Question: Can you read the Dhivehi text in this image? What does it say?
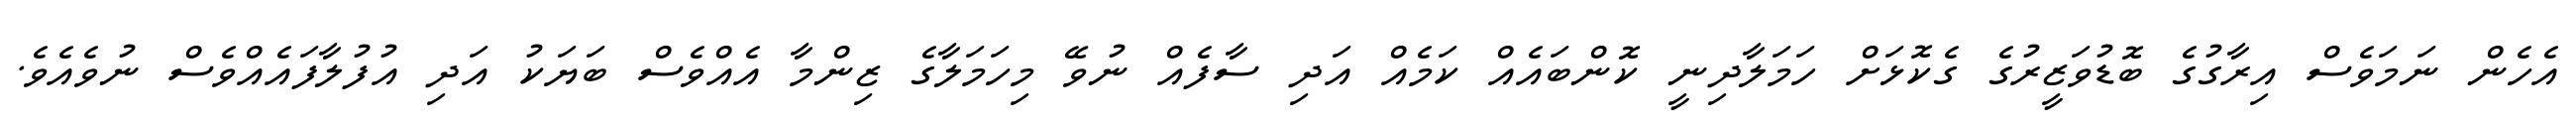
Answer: އެހެން ނަމަވެސް އިރާގުގެ ބޮޑުވަޒީރުގެ ގެކޮޅަށް ހަމަލާދިނީ ކޮންބައެއް ކަމެއް އަދި ސާފެއް ނުވޭ މިހަމަލާގެ ޒިންމާ އެއްވެސް ބަޔަކު އަދި އުފުލާފައެއްވެސް ނުވެއެވެ.